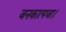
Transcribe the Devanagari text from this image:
जनकात्मजा।